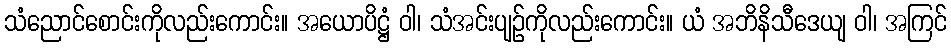
သံညောင်စောင်းကိုလည်းကောင်း။ အယောပိဋ္ဌံ ဝါ၊ သံအင်းပျဉ်ကိုလည်းကောင်း။ ယံ အဘိနိသီဒေယျ ဝါ၊ အကြင်